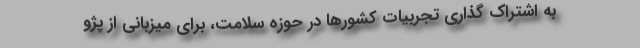
به اشتراک گذاری تجربیات کشورها در حوزه سلامت، برای میزبانی از پژو